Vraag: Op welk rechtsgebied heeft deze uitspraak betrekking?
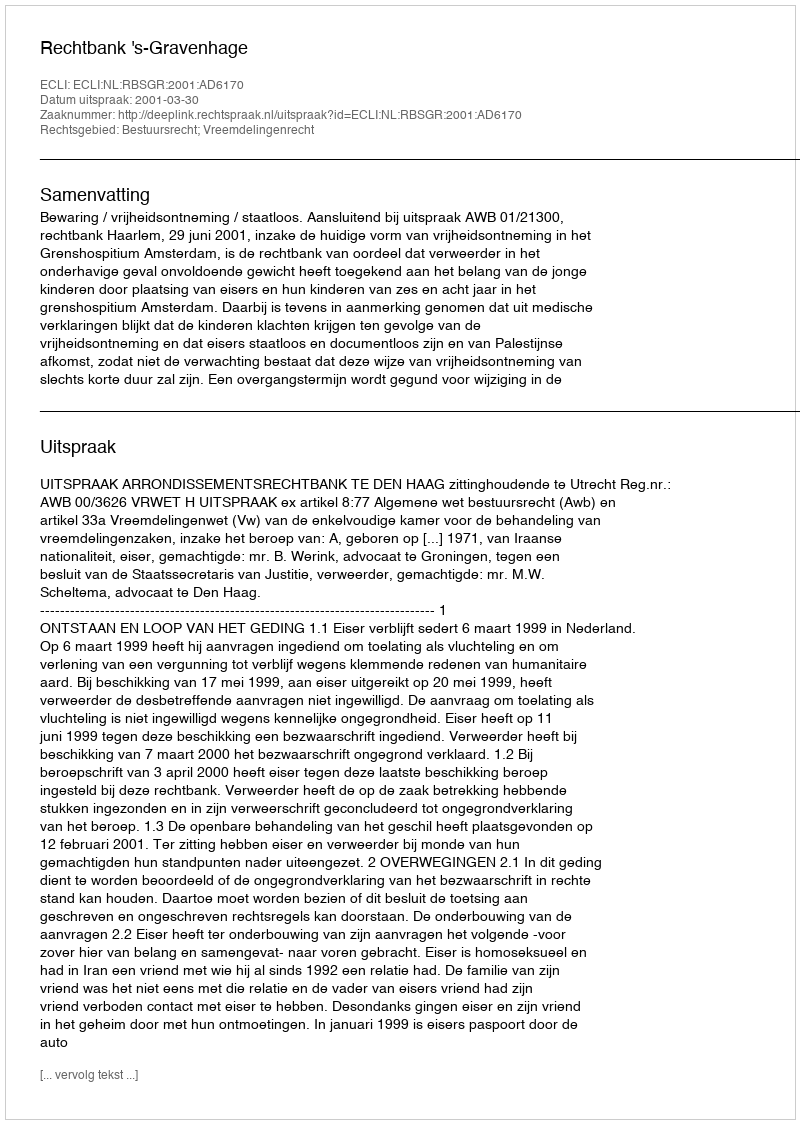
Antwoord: Bestuursrecht; Vreemdelingenrecht